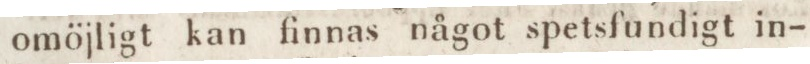
omöjligt kan finnas något spetsfundigt in-